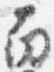
南